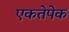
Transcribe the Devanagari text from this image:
एकतेपेक